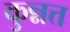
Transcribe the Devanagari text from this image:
कुन्नत्त